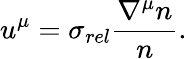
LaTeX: u^{\mu}=\sigma_{rel}\frac{\nabla^{\mu}n}{n}.